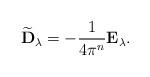
LaTeX: \begin{gather*} \widetilde {\mathbf D}_\lambda = -\frac{1}{4\pi^n} \mathbf E_\lambda. \end{gather*}